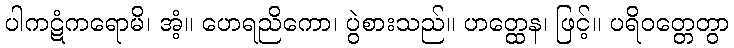
ပါကဋံကရောမိ၊ အံ့။ ဟေရညိကော၊ ပွဲစားသည်။ ဟတ္ထေန၊ ဖြင့်။ ပရိဝတ္တေတွာ